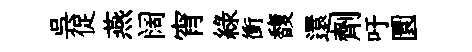
呉促燕阔宵緑衝馥還劑吁圜